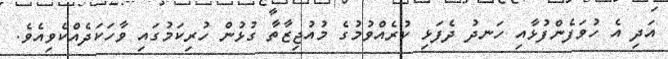
އަދި އެ ހުވަފެންފުޅާއި ހަނދު ދެފަޅި ކުރެއްވުމުގެ މުއުޖިޒާތާ ގުޅުން ހުރިކަމުގައި ވާހަކަދެއްކެވިއެވެ.